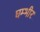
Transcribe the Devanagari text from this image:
घम्भीर